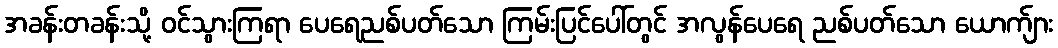
အခန်းတခန်းသို့ ဝင်သွားကြရာ ပေရေညစ်ပတ်သော ကြမ်းပြင်ပေါ်တွင် အလွန်ပေရေ ညစ်ပတ်သော ယောက်ျား